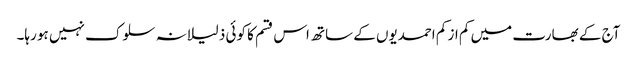
آج کے بھارت میں کم از کم احمدیوں کے ساتھ اس قسم کا کوئی ذلیلانہ سلوک نہیں ہو رہا۔